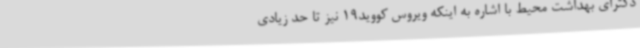
دکترای بهداشت محیط با اشاره به اینکه ویروس کووید19 نیز تا حد زیادی